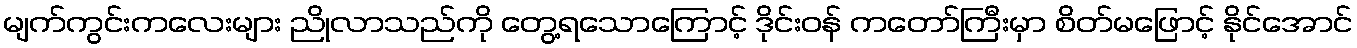
မျက်ကွင်းကလေးများ ညိုလာသည်ကို တွေ့ရသောကြောင့် ဒိုင်းဝန် ကတော်ကြီးမှာ စိတ်မဖြောင့် နိုင်အောင်